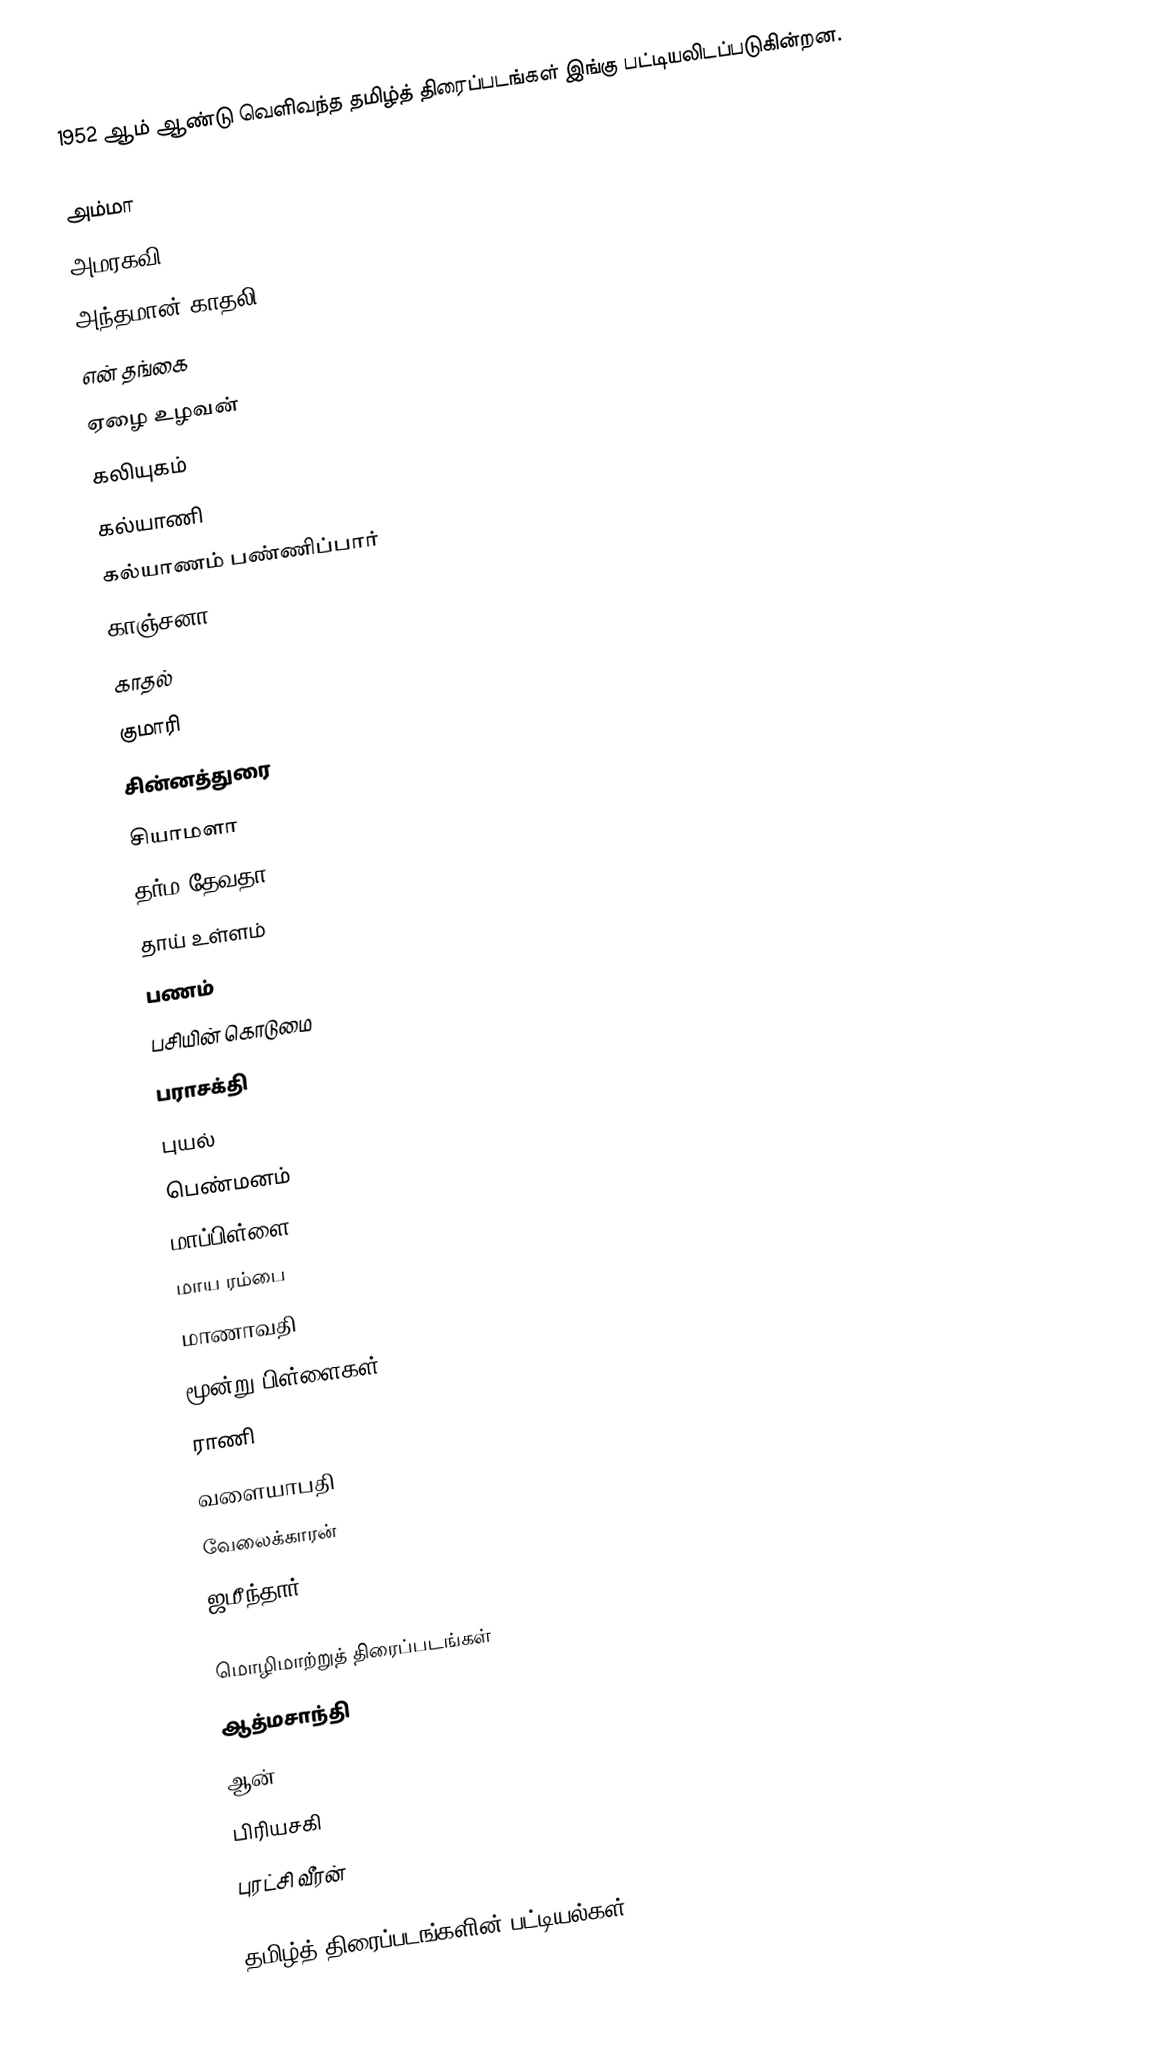
1952 ஆம் ஆண்டு வெளிவந்த தமிழ்த் திரைப்படங்கள் இங்கு பட்டியலிடப்படுகின்றன.

 அம்மா
 அமரகவி
 அந்தமான் காதலி
 என் தங்கை
 ஏழை உழவன்
 கலியுகம்
 கல்யாணி
 கல்யாணம் பண்ணிப்பார்
 காஞ்சனா
 காதல்
 குமாரி
 சின்னத்துரை
 சியாமளா
 தர்ம தேவதா
 தாய் உள்ளம்
 பணம்
 பசியின் கொடுமை
 பராசக்தி
 புயல்
 பெண்மனம்
 மாப்பிள்ளை
 மாய ரம்பை
 மாணாவதி
 மூன்று பிள்ளைகள்
 ராணி
 வளையாபதி
 வேலைக்காரன்
 ஜமீந்தார்

மொழிமாற்றுத் திரைப்படங்கள்
 ஆத்மசாந்தி
 ஆன்
 பிரியசகி
 புரட்சி வீரன்

தமிழ்த் திரைப்படங்களின் பட்டியல்கள்